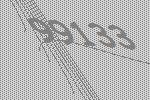
99133